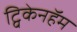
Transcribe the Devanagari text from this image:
ट्विकेनहॅम